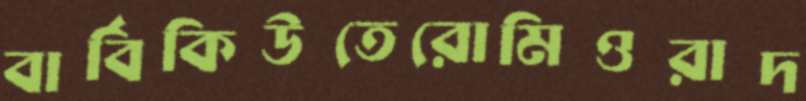
বার্বিকিউতেরোমিওরাদ